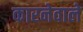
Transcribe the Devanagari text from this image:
कारनेवाले